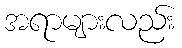
အရာများလည်း